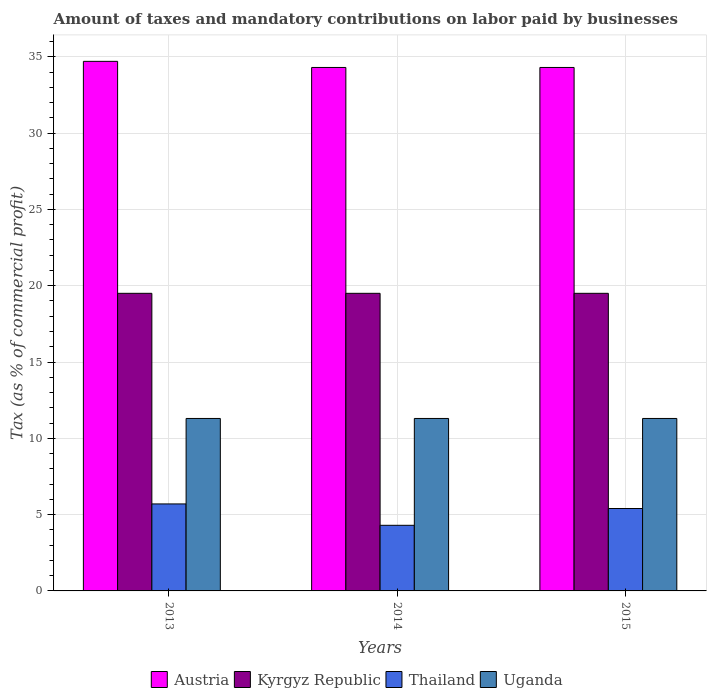
| Years | Austria | Kyrgyz Republic | Thailand | Uganda |
 | --- | --- | --- | --- | --- |
 | 2013 | 34.7 | 19.5 | 5.7 | 11.3 |
 | 2014 | 34.3 | 19.5 | 4.3 | 11.3 |
 | 2015 | 34.3 | 19.5 | 5.4 | 11.3 |